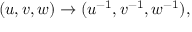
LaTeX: ( u , v , w ) \to ( u ^ { - 1 } , v ^ { - 1 } , w ^ { - 1 } ) ,